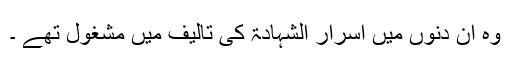
وہ ان دنوں میں اسرار الشہادۃ کی تالیف میں مشغول تھے ۔